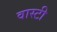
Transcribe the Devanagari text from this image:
वास्टी